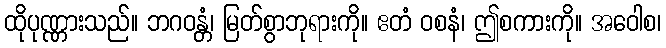
ထိုပုဏ္ဏားသည်။ ဘဂဝန္တံ၊ မြတ်စွာဘုရားကို။ ဧတံ ဝစနံ၊ ဤစကားကို။ အဝေါစ၊